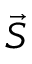
\vec { S }